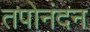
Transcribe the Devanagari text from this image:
तपोनंदन